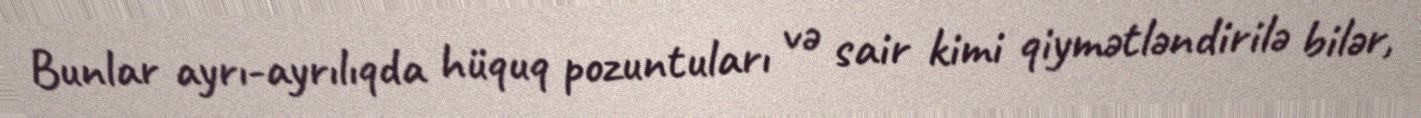
Bunlar ayrı-ayrılıqda hüquq pozuntuları və sair kimi qiymətləndirilə bilər,